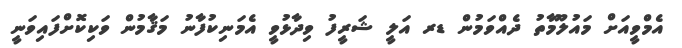
އެމްވީއަށް މައުލޫމާތު ދެއްވަމުން ޑރ އަލީ ޝަރީފު ވިދާޅުވީ އެމަނިކުފާނު މަޤާމުން ވަކިކޮށްފައިވަނީ